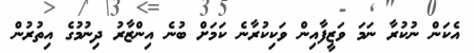
އެކަން ނުކުރާ ނަމަ ވަޒީފާއިން ވަކިކުރާނެ ކަމަށް ބުނެ އިންޒާރު ދިނުމުގެ އިތުރުން